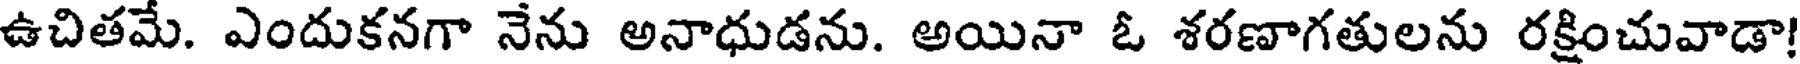
ఉచితమే. ఎందుకనగా నేను అనాధుడను. అయినా ఓ శరణాగతులను రక్షించువాడా